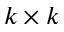
k \times k